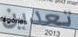
تعدين